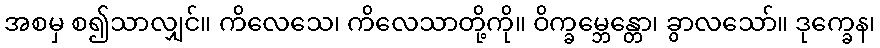
အစမှ စ၍သာလျှင်။ ကိလေသေ၊ ကိလေသာတို့ကို။ ဝိက္ခမ္ဘေန္တော၊ ခွာလသော်။ ဒုက္ခေန၊